Vaccination in Bombay 1863-1868 - 1863-1868
Year: 1863
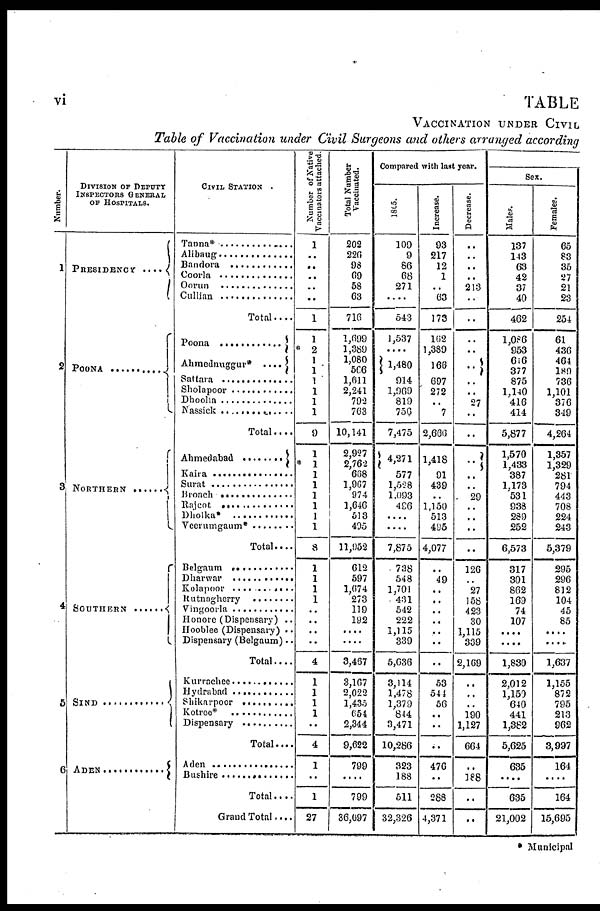
vi
TABLE
VACCINATION UNDER CIVIL
Table of Vaccination under Civil Surgeons and others arranged according
Number.
1
2
3
4
5
6
DIVISION OF DEPUTY
INSPECTORS GENERAL
OF HOSPITALS.
PRESIDENCY ....
POONA . . . . . . . . .
NORTHERN . . . . . .
SOUTHERN . . . . . .
SIND . . . . . . . . . . . .
ADEN . . . . . . . . . . .
CIVIL STATION .
Tanna* . . . . . . . . . . . . . . . .
Alibaug. . . . . . . . . . . . . . . .
Bandora . . . . . . . . . . . . . . .
Coorla . . . . . . . . . . . . . . . . .
Oorun . . . . . . . . . . . . . . . .
Cullian. . . . . . . . . . . . . . . .
Total . . . .
Poona . . . . . . . . . . . . . . . .
Ahmednuggur* . . . .
Sattara . . . . . . . . . . . . . . . .
Sholapoor . . . . . . . . . . . . . .
Dhoolia . . . . . . . . . . . . . . . .
Nassick . . . . . . . . . . . . . . . .
Total....
Ahmedabad . . . . . . .
Kaira . . . . . . . . . . . . . . . .
Surat . . . . . . . . . . . . . . . .
Broach . . . . . . . . . . . . . . .
Rajcot . . . . . . . . . . . . . . . .
Dholka* . . . . . . . . . . . . . .
Veerumgaum* . . . . . . . . .
Total....
Belgaum . . . . . . . . . . . . . .
Dharwar . . . . . . . . . . . . . .
Kolapur . . . . . . . . . . . . . . .
Rutnagherry . . . . . . . . . . .
Vingoorla . . . . . . . . . . . . . .
Honore (Dispensary) ..
Hooblee (Dispensary) ..
Dispensary (Belgaum)..
Total....
Kurrachee . . . . . . . . . . . . .
Hydrabad . . . . . . . . . . . . . .
Shikarpoor . . . . . . . . . . . . .
Kotree* . . . . . . . . . . . . . . .
Dispensary . . . . . . . . . . . .
Total....
Aden
Bushire . . . . . . . . . . . . . . .
Total . . . .
Grand Total . . . .
Number of Native
Vaccinators attached.
1
..
..
..
..
. .
1
1
* 2
1
1
1
1
1
1
9
1
* 1
1
1
1
1
1
1
8
1
1
1
1
..
..
..
..
4
1
1
1
1
..
4
1
..
1
27
Total Number
Vaccinated.
202
226
93
69
58
63
716
1,699
1,389
1,080
566
1,611
2,241
792
763
10,141
2,927
2,762
638
1,967
974
1,646
513
495
11,952
612
597
1,674
273
119
192
....
....
3,487
3,167
2,022
1,435
654
2,344
9,622
799
....
799
36,697
Compared with last year.
1865.
109
9
86
68
271
....
543
1,537
....
1480
914
1,969
819
750
7,475
4,271
577
1,528
1,093
496
....
....
7,875
738
548
1,701
431
542
222
1,115
339
5,636
3,114
1,478
1,379
844
3,471
10,286
323
188
511
32,326
Increase.
93
217
12
1
..
63
173
162
1,389
166
697
272
..
7
2,666
1,418
91
439
..
1,150
513
495
4,077
..
49
..
..
..
..
..
..
..
53
541
56
..
..
..
476
..
288
4,371
Decrease.
..
..
..
..
213
..
..
..
..
..
..
..
27
..
..
..
..
..
29
..
..
..
..
126
..
27
158
423
30
1,115
339
2,169
..
..
..
190
1,127
664
..
188
..
..
Sex.
Males.
137
143
63
42
37
40
462
1,086
953
616
377
875
1,140
416
414
5,877
1,570
1,433
387
1,173
531
938
289
252
6,573
317
301
862
169
74
107
....
....
1,830
2,012
1,150
640
441
1,382
5,625
635
....
635
21,002
Females.
65
83
35
27
21
23
254
61
436
464
189
736
1,101
376
349
4,264
1,357
1,329
281
794
443
708
224
243
5,379
295
296
812
104
45
85
....
....
1,637
1,155
872
795
213
962
3,997
164
....
164
15,695
* Municipal